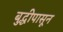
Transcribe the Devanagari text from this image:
बुद्धीपासून